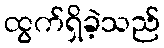
ထွက်ရှိခဲ့သည်